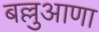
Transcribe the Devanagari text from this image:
बल्लुआणा